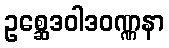
ဥစ္ဆေဒဝါဒဝဏ္ဏနာ